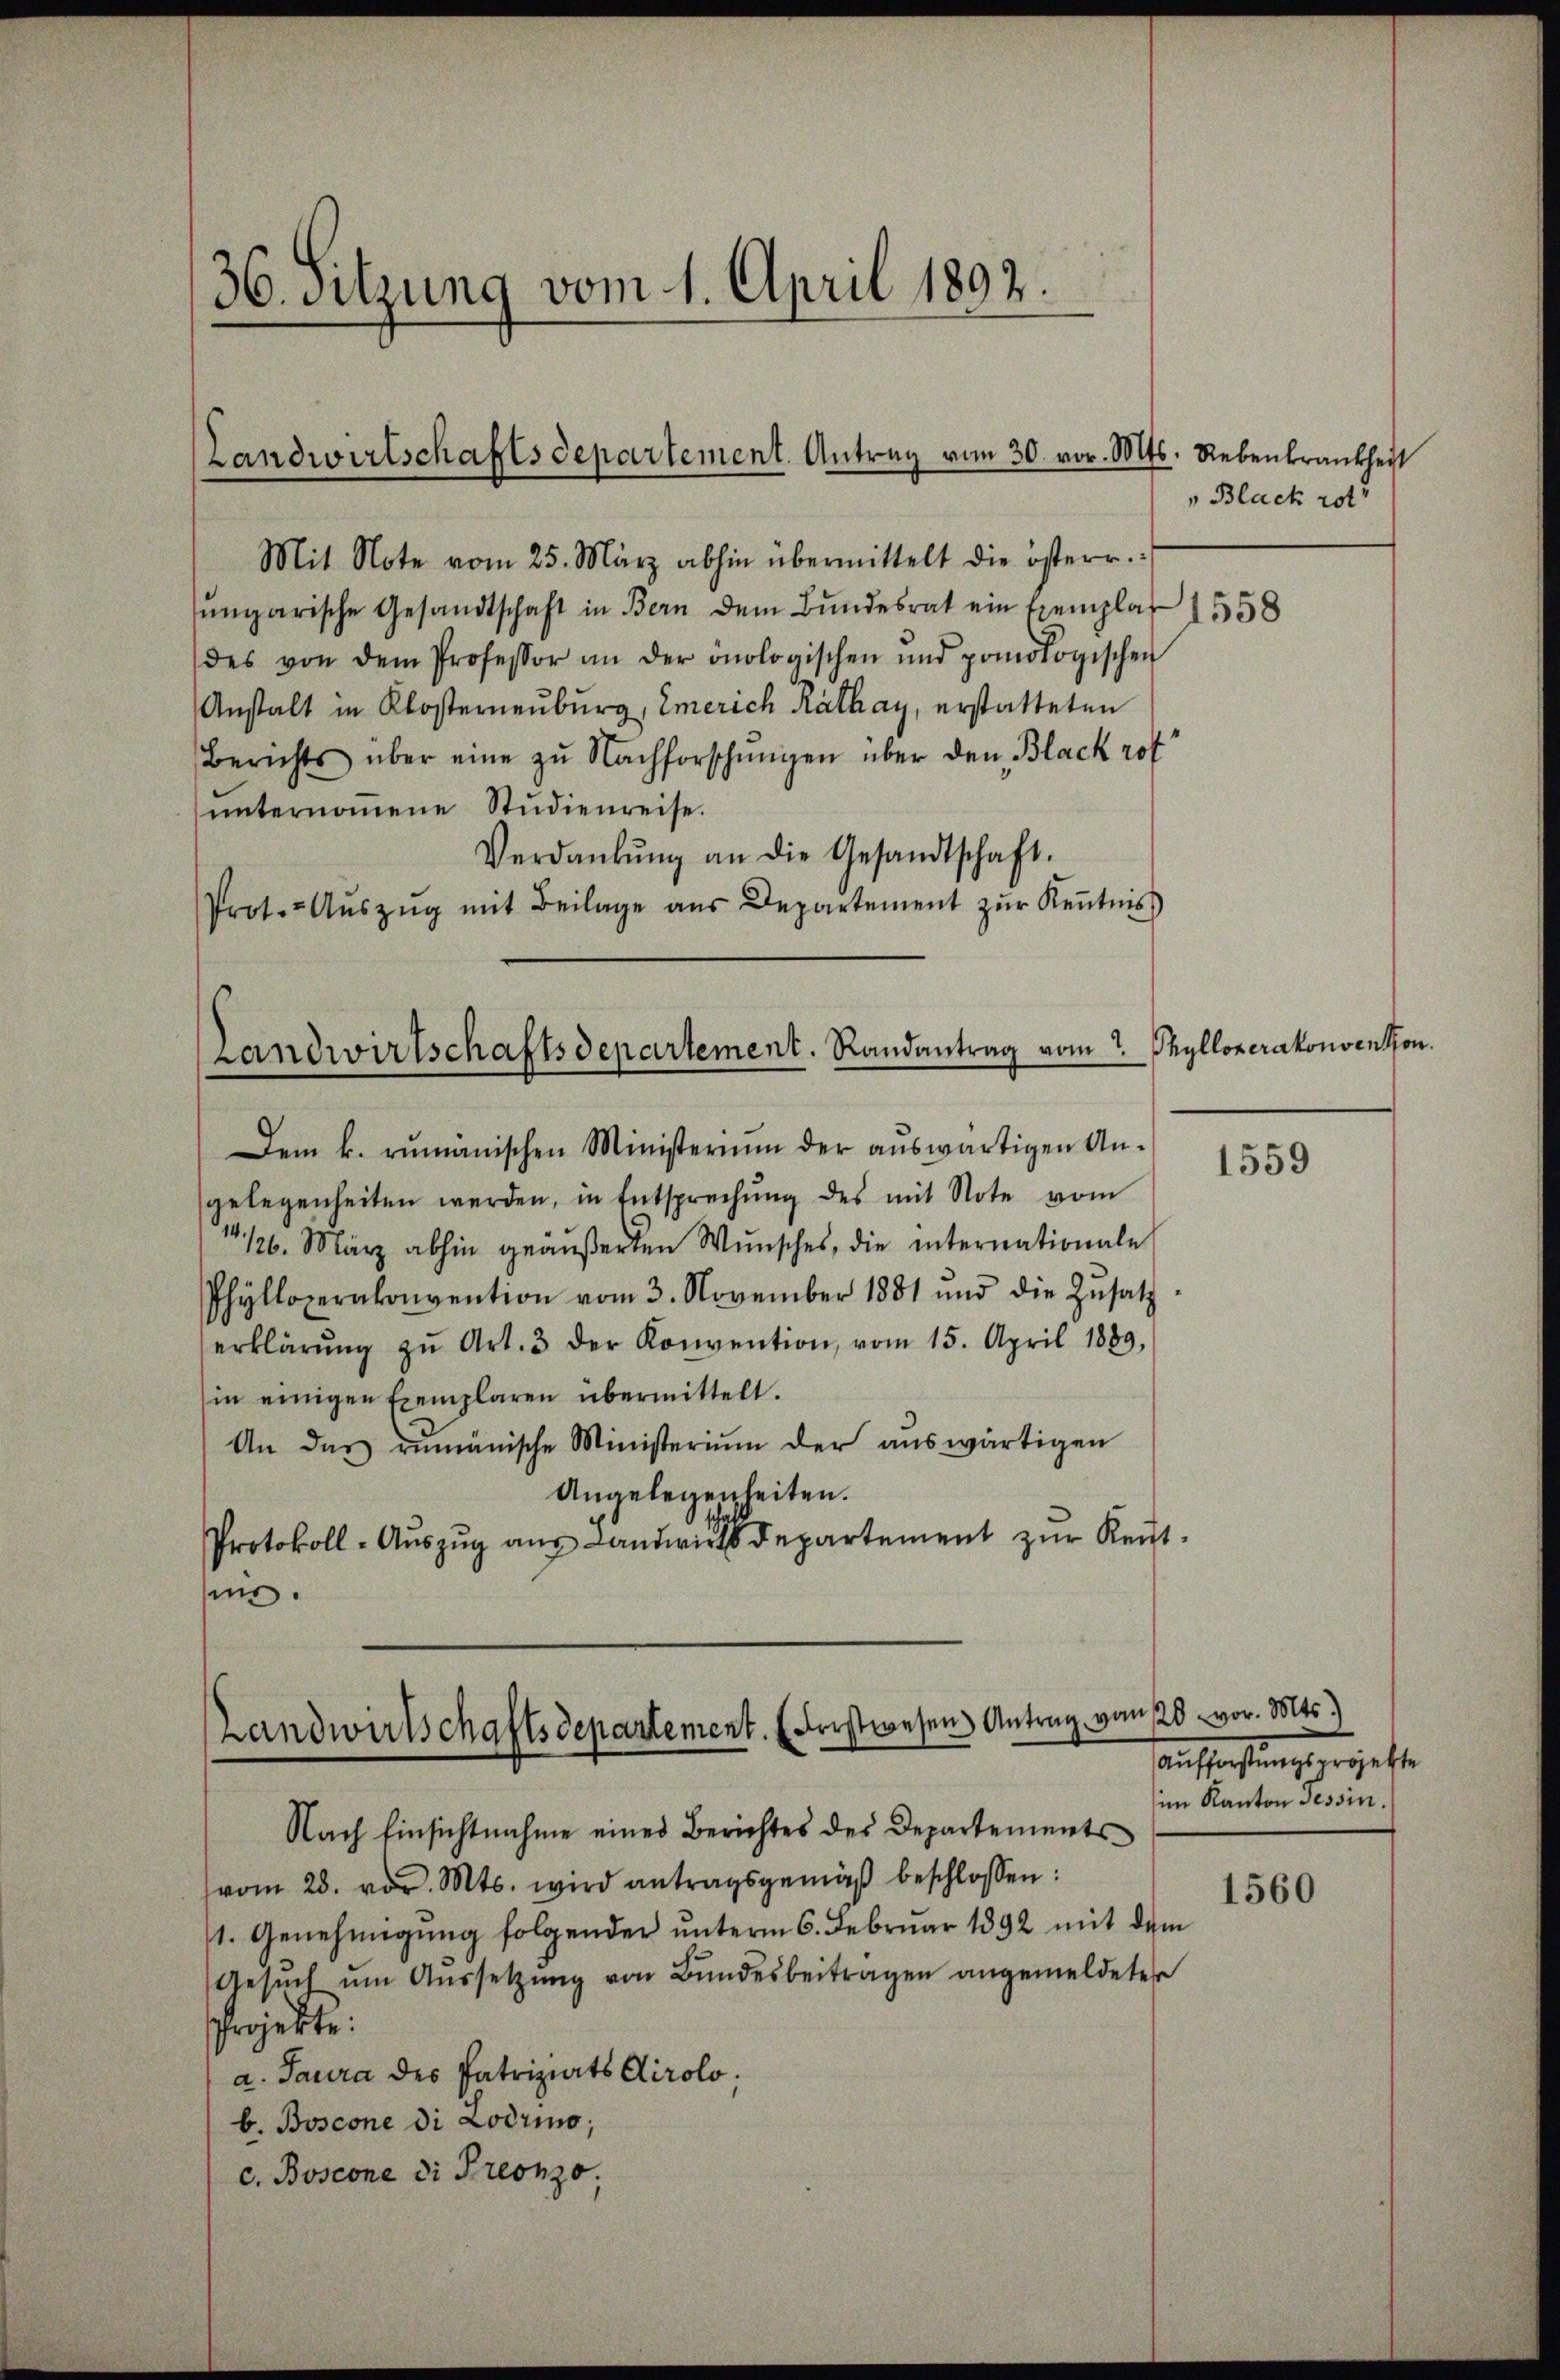
36. Sitzung vom 1. April 1892.

Landwirtschaftsdepartement. Antrag vom 30. vor. Mts. Rebenkrankheit

Mit Note vom 25. März abhin übermittelt die österr.
ŭngarische Gesandtschaft in Bern dem Bundesrat ein Exemplar 1558
des von dem Professor an der onologischen und pomologischen
Anstalt in Klosterneuburg, Emerich Rathay, erstatteten
Berichts über eine zŭ Nachforschŭngen über den Black rof
ŭnternoṁene Studienreise.
Verdankŭng an die Gesandtschaft.
Prot. Aŭszŭg mit Beilage aus Departement zŭr Keṅtnis

Landwirtschaftsdepartement. Randantrag vom 2.

Dem k. rumänischen Ministerium der aŭswärtigen An-
gelegenheiten werden, in Entsprechŭng des mit Note vom
1/26. März abhin geäußerten Wŭnsches, die internationale
Phylloperakonvention vom 3. November 1881 und die Zŭsatz
erklärŭng zŭ Art. 3 der Konvention vom 15. April 1889,
in einigen Exemplaren übermittelt.
An das rumänische Ministerium der aŭswärtigen
Angelegenheiten.
Protokoll-Aŭszŭg aŭs Landwirtsdepartement zur Reutnis.

Landwirtschaftsdepartement. (Fristwesen Antrag von 120. vor. Mts.)

v Black rot

Nach Einsichtnahme eines Berichtes des Departementsvom 28. vor. Mts. wird antragsgemäβ beschlossen:
1. Genehmigŭng folgender ŭnterm 6. Februar 1892 mit dem
Gesŭch ŭm Aŭssetzung von Bundesbeitragen angemeldeter
Projekte.
a. Saura des Patriziats Airolo.
b. Boscone di Lodrio;
c. Boscone di Preono,

Thyllozerakonventhon.

1559

aufwachung geregelten
im Kanton Tessin.

1560